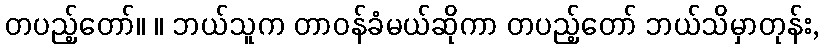
တပည့်တော်။ ။ ဘယ်သူက တာဝန်ခံမယ်ဆိုကာ တပည့်တော် ဘယ်သိမှာတုန်း,